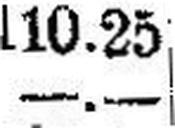
—.—